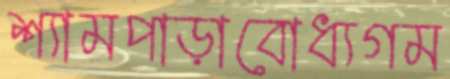
শ্যামপাড়াবোধ্যগম